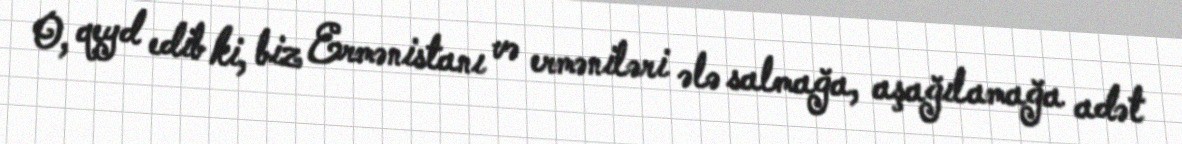
O, qeyd edib ki, biz Ermənistanı və erməniləri ələ salmağa, aşağılamağa adət